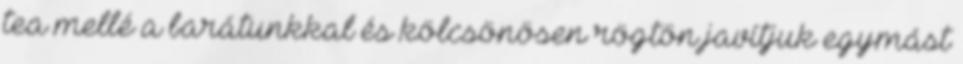
tea mellé a barátunkkal és kölcsönösen rögtön javítjuk egymást